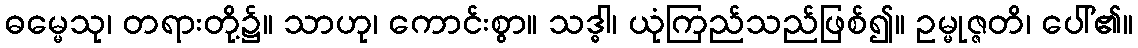
ဓမ္မေသု၊ တရားတို့၌။ သာဟု၊ ကောင်းစွာ။ သဒ္ဓါ၊ ယုံကြည်သည်ဖြစ်၍။ ဥမ္မုဇ္ဇတိ၊ ပေါ်၏။